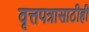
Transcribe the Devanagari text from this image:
वृत्तपत्रासाठीही